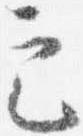
定